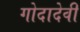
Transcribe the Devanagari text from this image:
गोदादेवी